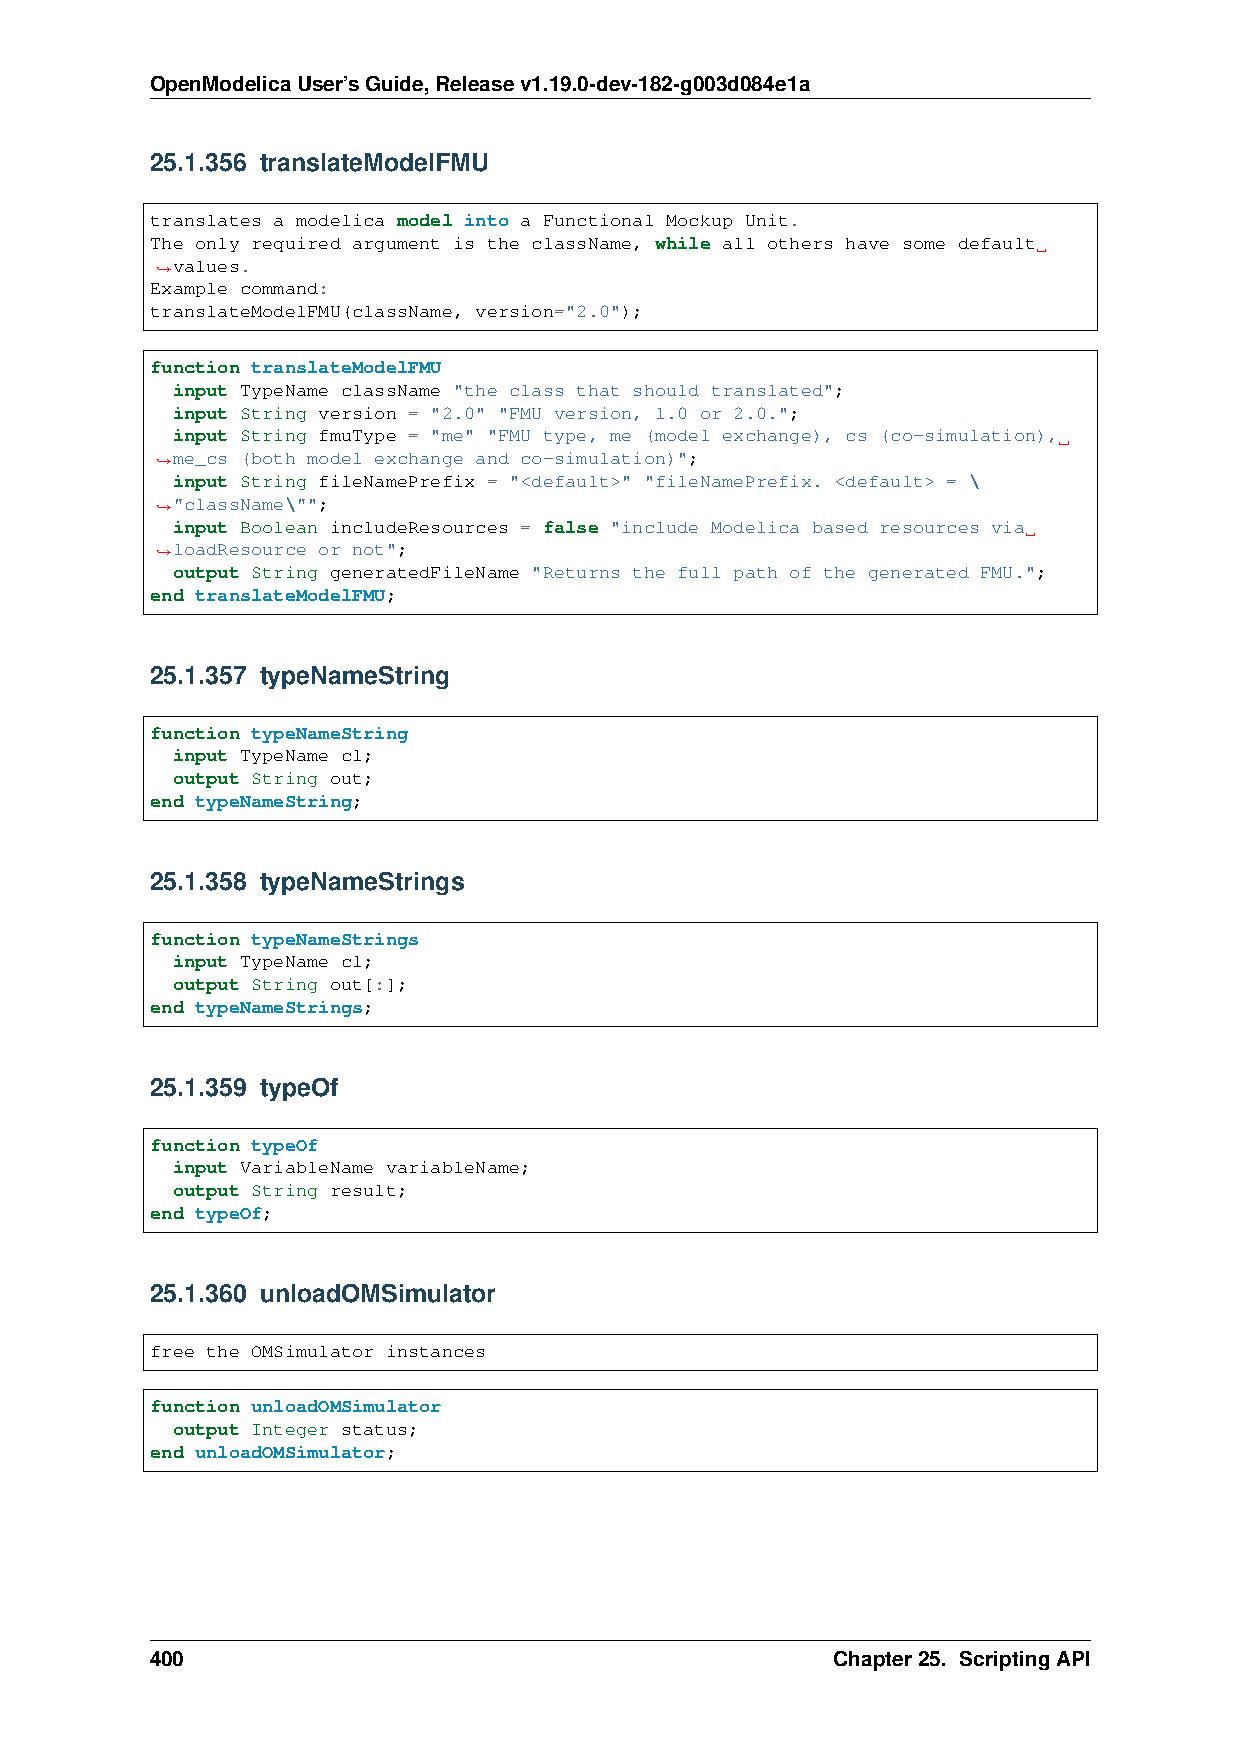
OpenModelicaUser’sGuide,Releasev1.19.0-dev-182-g003d084e1a
 25.1.356 translateModelFMU
 translates a modelica model into a Functional Mockup Unit.
 The only required argument is the className, while all others have some default
 values.
 ˓→
 Example command:
 translateModelFMU(className, version="2.0");
 function translateModelFMU
 input TypeName className "the class that should translated";
 input String version = "2.0" "FMU version, 1.0 or 2.0.";
 input String fmuType = "me" "FMU type, me (model exchange), cs (co-simulation),
 me_cs (both model exchange and co-simulation)";
 ˓→
 input String fileNamePrefix = "<default>" "fileNamePrefix. <default> = \
 "className\"";
 ˓→
 input Boolean includeResources = false "include Modelica based resources via
 loadResource or not";
 ˓→
 output String generatedFileName "Returns the full path of the generated FMU.";
 end translateModelFMU;
 25.1.357 typeNameString
 function typeNameString
 input TypeName cl;
 output String out;
 end typeNameString;
 25.1.358 typeNameStrings
 function typeNameStrings
 input TypeName cl;
 output String out[:];
 end typeNameStrings;
 25.1.359 typeOf
 function typeOf
 input VariableName variableName;
 output String result;
 end typeOf;
 25.1.360 unloadOMSimulator
 free the OMSimulator instances
 function unloadOMSimulator
 output Integer status;
 end unloadOMSimulator;
 400                                          Chapter25. ScriptingAPI